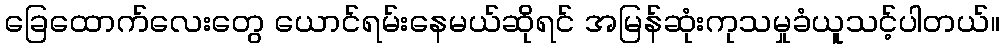
ခြေထောက်လေးတွေ ယောင်ရမ်းနေမယ်ဆိုရင် အမြန်ဆုံးကုသမှုခံယူသင့်ပါတယ်။